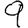
Digit: 9